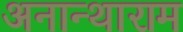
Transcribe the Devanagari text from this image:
अनान्थाराम